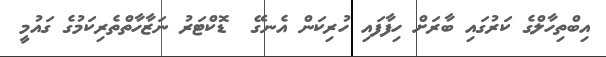
އިބްތިހާލްގެ ކަރުގައި ބާރަށް ހިފާފައި ހުރިކަން އެނގޭ  ޑޮކްޓަރު ނަޒާހާތްތެރިކަމުގެ ގައުމީ